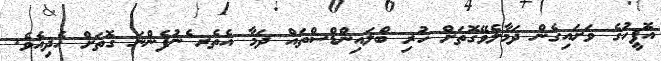
އޮފީހުގެ ވަށައިގެން ދަމާލެވޭގޮތަށް ހުރި ބްލައިންޑްސްތައް ދަމާ އެތެރ ެނުފެންނަ ގޮތަށް ހެދިއެވެ.